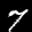
Label: 7